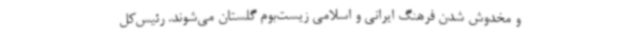
و مخدوش شدن فرهنگ ایرانی و اسلامی زیست‌بوم گلستان می‌شوند. رئیس‌کل